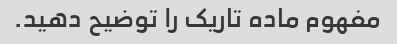
مفهوم ماده تاریک را توضیح دهید.